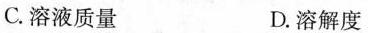
C.溶液质量 D.溶解度